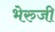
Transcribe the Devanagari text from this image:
भेरुजी